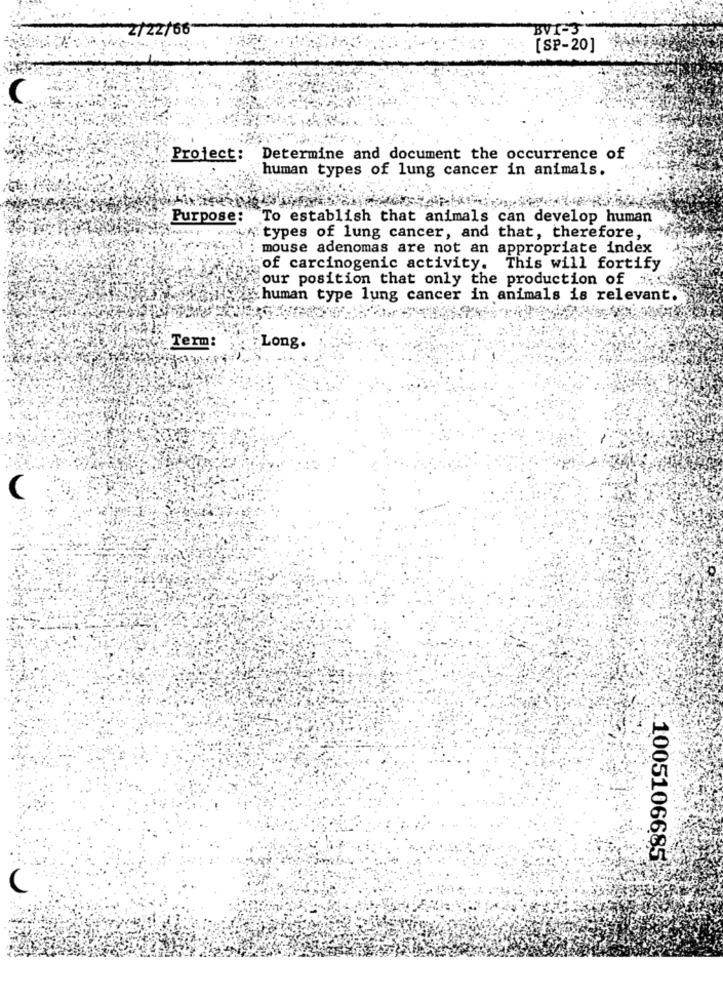
2/22/66
BV1-3
[SP-20]
(
Project: Determine and document the occurrence of
human types of lung cancer in animals.
Purpose: To establish that animals can develop human
yh types of lung cancer, and that, therefore,
: mouse adenomas are not an appropriate index
of carcinogenic activity. This will fortify
our position that only the production of
human type lung cancer in animals is relevant.
Term:
: Long.
1005106685